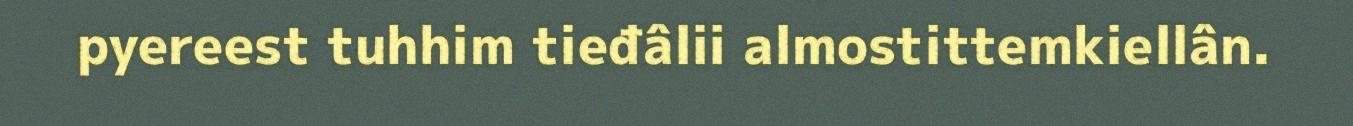
pyereest tuhhim tieđâlii almostittemkiellân.